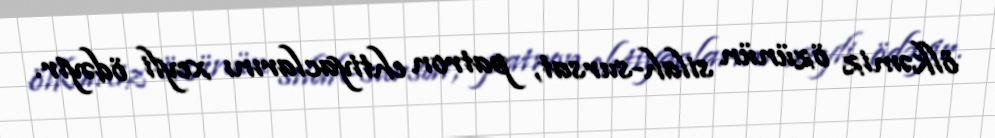
ölkəmiz özünün silah-sursat, patron ehtiyaclarını xeyli ödəyir.